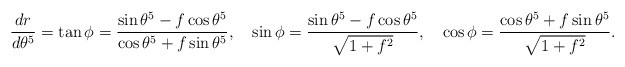
\begin{align*}\frac{dr}{d\theta^5}=\tan\phi=\frac{\sin\theta^5-f\cos\theta^5}{\cos\theta^5+f\sin\theta^5},\quad\sin\phi=\frac{\sin\theta^5-f\cos\theta^5}{\sqrt{1+f^2}},\quad\cos\phi=\frac{\cos\theta^5+f\sin\theta^5}{\sqrt{1+f^2}}.\end{align*}